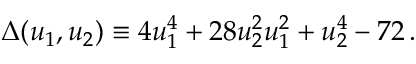
\Delta ( u _ { 1 } , u _ { 2 } ) \equiv 4 u _ { 1 } ^ { 4 } + 2 8 u _ { 2 } ^ { 2 } u _ { 1 } ^ { 2 } + u _ { 2 } ^ { 4 } - 7 2 \, .